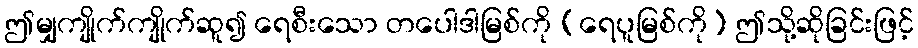
ဤမျှကျိုက်ကျိုက်ဆူ၍ ရေစီးသော တပေါဒါမြစ်ကို (ရေပူမြစ်ကို) ဤသို့ဆိုခြင်းဖြင့်